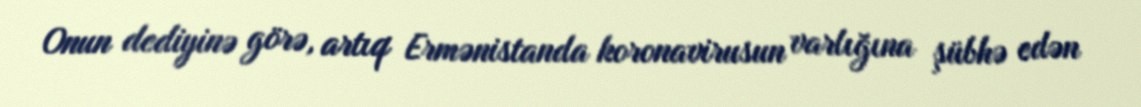
Onun dediyinə görə, artıq Ermənistanda koronavirusun varlığına şübhə edən